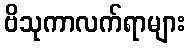
ဗိသုကာလက်ရာများ